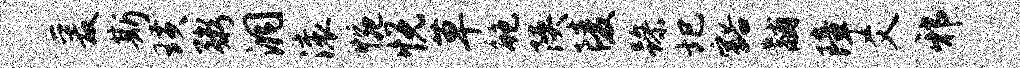
爰斯璜粥洞滚惋悦草鲍陕陵躁圯豁黼障爻邪